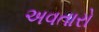
અવતારો